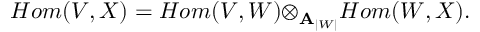
H o m ( V , X ) = H o m ( V , W ) { \otimes } _ { { \bf A } _ { | W | } } H o m ( W , X ) .